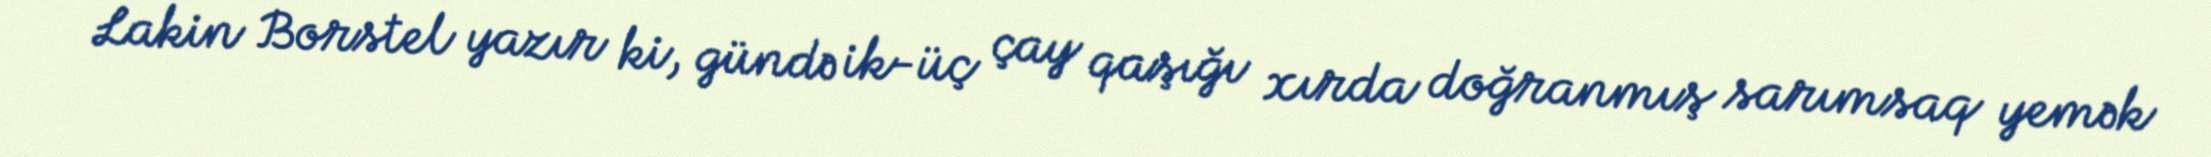
Lakin Borstel yazır ki, gündə ik-üç çay qaşığı xırda doğranmış sarımsaq yemək